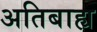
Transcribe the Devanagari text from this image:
अतिबाह्य